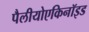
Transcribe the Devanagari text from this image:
पैलीयोएकिनॉइड